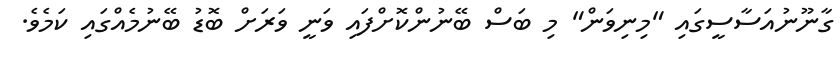
ގާނޫނުއަސާސީގައި "މިނިވަން" މި ބަސް ބޭނުންކޮށްފައި ވަނީ ވަރަށް ބޮޑު ބޭނުމެއްގައި ކަމެވެ.